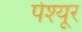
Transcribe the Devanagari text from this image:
पेश्यूर